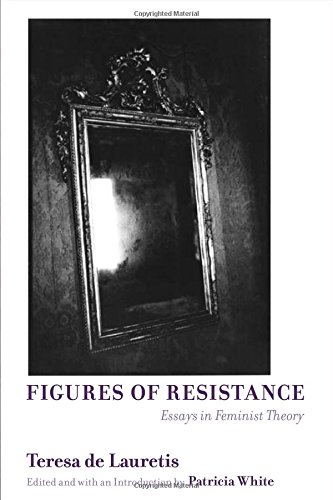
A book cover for Figures of Resistance: Essays in Feminist Theory; Teresa de Lauretis; Gay & Lesbian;